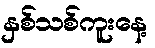
နှစ်သစ်ကူးနေ့